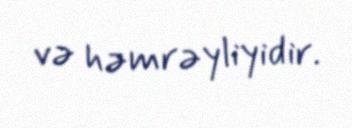
və həmrəyliyidir.